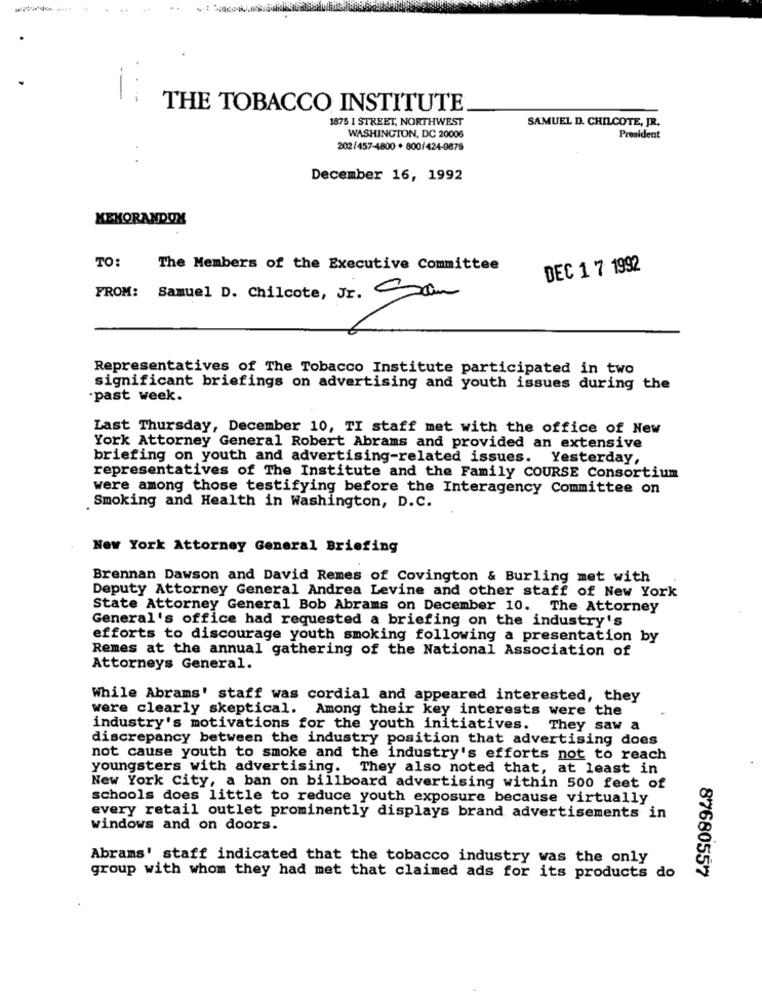
THE TOBACCO INSTITUTE
1875 I STREET, NORTHWEST
SAMUEL D. CHILCOTE, JR.
WASHINGTON, DC 20006
President
202/457-4800 . 800/424-9676
December 16, 1992
KEKORANDOX
TO:
The Members of the Executive Committee
DEC 1 7 1992
FROM: Samuel D. Chilcote, Jr. Com
Representatives of The Tobacco Institute participated in two
significant briefings on advertising and youth issues during the
past week.
Last Thursday, December 10, TI staff met with the office of New
York Attorney General Robert Abrams and provided an extensive
briefing on youth and advertising-related issues. Yesterday,
representatives of The Institute and the Family COURSE Consortium
were among those testifying before the Interagency Committee on
Smoking and Health in Washington, D.C.
New York Attorney General Briefing
Brennan Dawson and David Remes of Covington & Burling met with
Deputy Attorney General Andrea Levine and other staff of New York
State Attorney General Bob Abrams on December 10. The Attorney
General's office had requested a briefing on the industry's
efforts to discourage youth smoking following a presentation by
Remes at the annual gathering of the National Association of
Attorneys General.
While Abrams' staff was cordial and appeared interested, they
were clearly skeptical. Among their key interests were the
industry's motivations for the youth initiatives.
They saw a
discrepancy between the industry position that advertising does
not cause youth to smoke and the industry's efforts not to reach
youngsters with advertising. They also noted that, at least in
New York City, a ban on billboard advertising within 500 feet of
schools does little to reduce youth exposure because virtually
every retail outlet prominently displays brand advertisements in
windows and on doors.
Abrams' staff indicated that the tobacco industry was the only
group with whom they had met that claimed ads for its products do
87680557